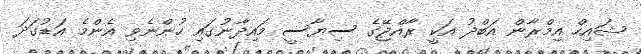
ޝައިހް އިމްރާން އަބްދު އަކީ ރާއްޖޭގެ ސިޔާސީ މައިދާނުގައި ހުންނެވި އެންމެ އަޑުގަދަ